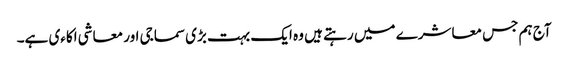
آج ہم جس معاشرے میں رہتے ہیں وہ ایک بہت بڑی سماجی اور معاشی اکاءی ہے۔